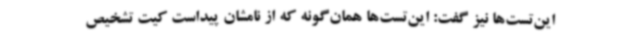
این‌تست‌ها نیز گفت: این‌تست‌ها همان‌گونه که از نامشان پیداست کیت تشخیص